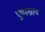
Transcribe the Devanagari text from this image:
पुष्पस्राव